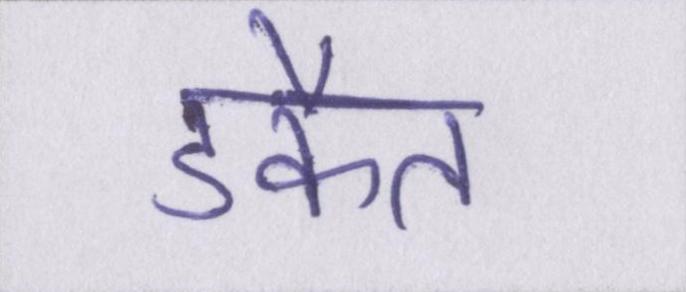
डकैत